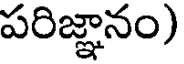
పరిజ్ఞానం)